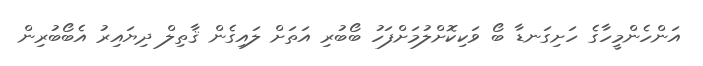
އަންހެންމީހާގެ ހަށިގަނޑާ ބޯ ވަކިކޮށްލުމަށްފަހު ބޯބުރި އަތަށް ލައިގެން ޤާތިލް ދިޔައިރު އެބޯބުރިން